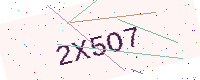
Text: 2X5O7